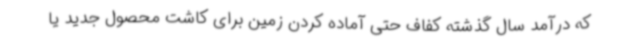
که درآمد سال گذشته کفاف حتی آماده کردن زمین برای کاشت محصول جدید یا